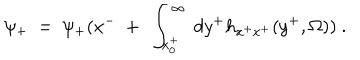
\psi _ { + } ~ = ~ \psi _ { + } ( x ^ { - } ~ + ~ \int _ { x _ { 0 } ^ { + } } ^ { \infty } ~ d y ^ { + } h _ { x ^ { + } x ^ { + } } ( y ^ { + } , \Omega ) ) ~ .